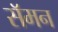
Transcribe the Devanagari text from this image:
सॅमन